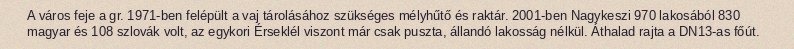
A város feje a gr. 1971-ben felépült a vaj tárolásához szükséges mélyhűtő és raktár. 2001-ben Nagykeszi 970 lakosából 830 magyar és 108 szlovák volt, az egykori Érseklél viszont már csak puszta, állandó lakosság nélkül. Áthalad rajta a DN13-as főút.